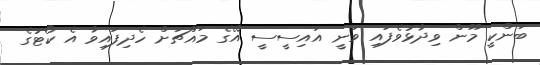
ބަންކީ މޫން ވިދާޅުވެފައި ވަނީ އައިސީސީ އޭގެ މައްޗަށް ހެދިފައިވާ އެ ކޯޓުގެ